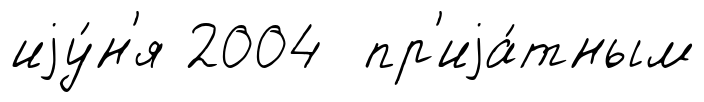
иjу́н'я 2004 пр'иjа́тным